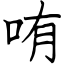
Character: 哊